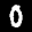
Label: 0